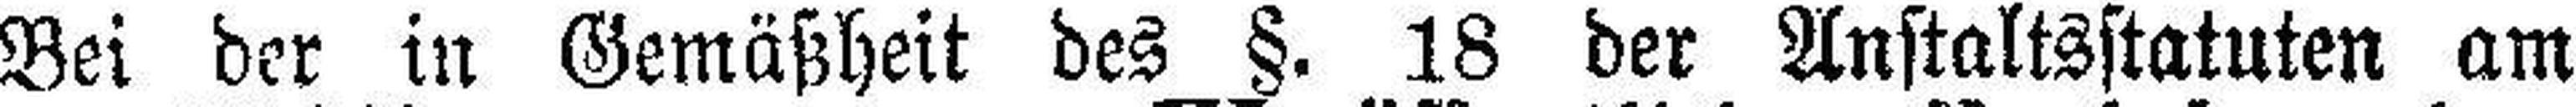
Bei der in Gemäßheit des §. 18 der Anstaltsstatuten am